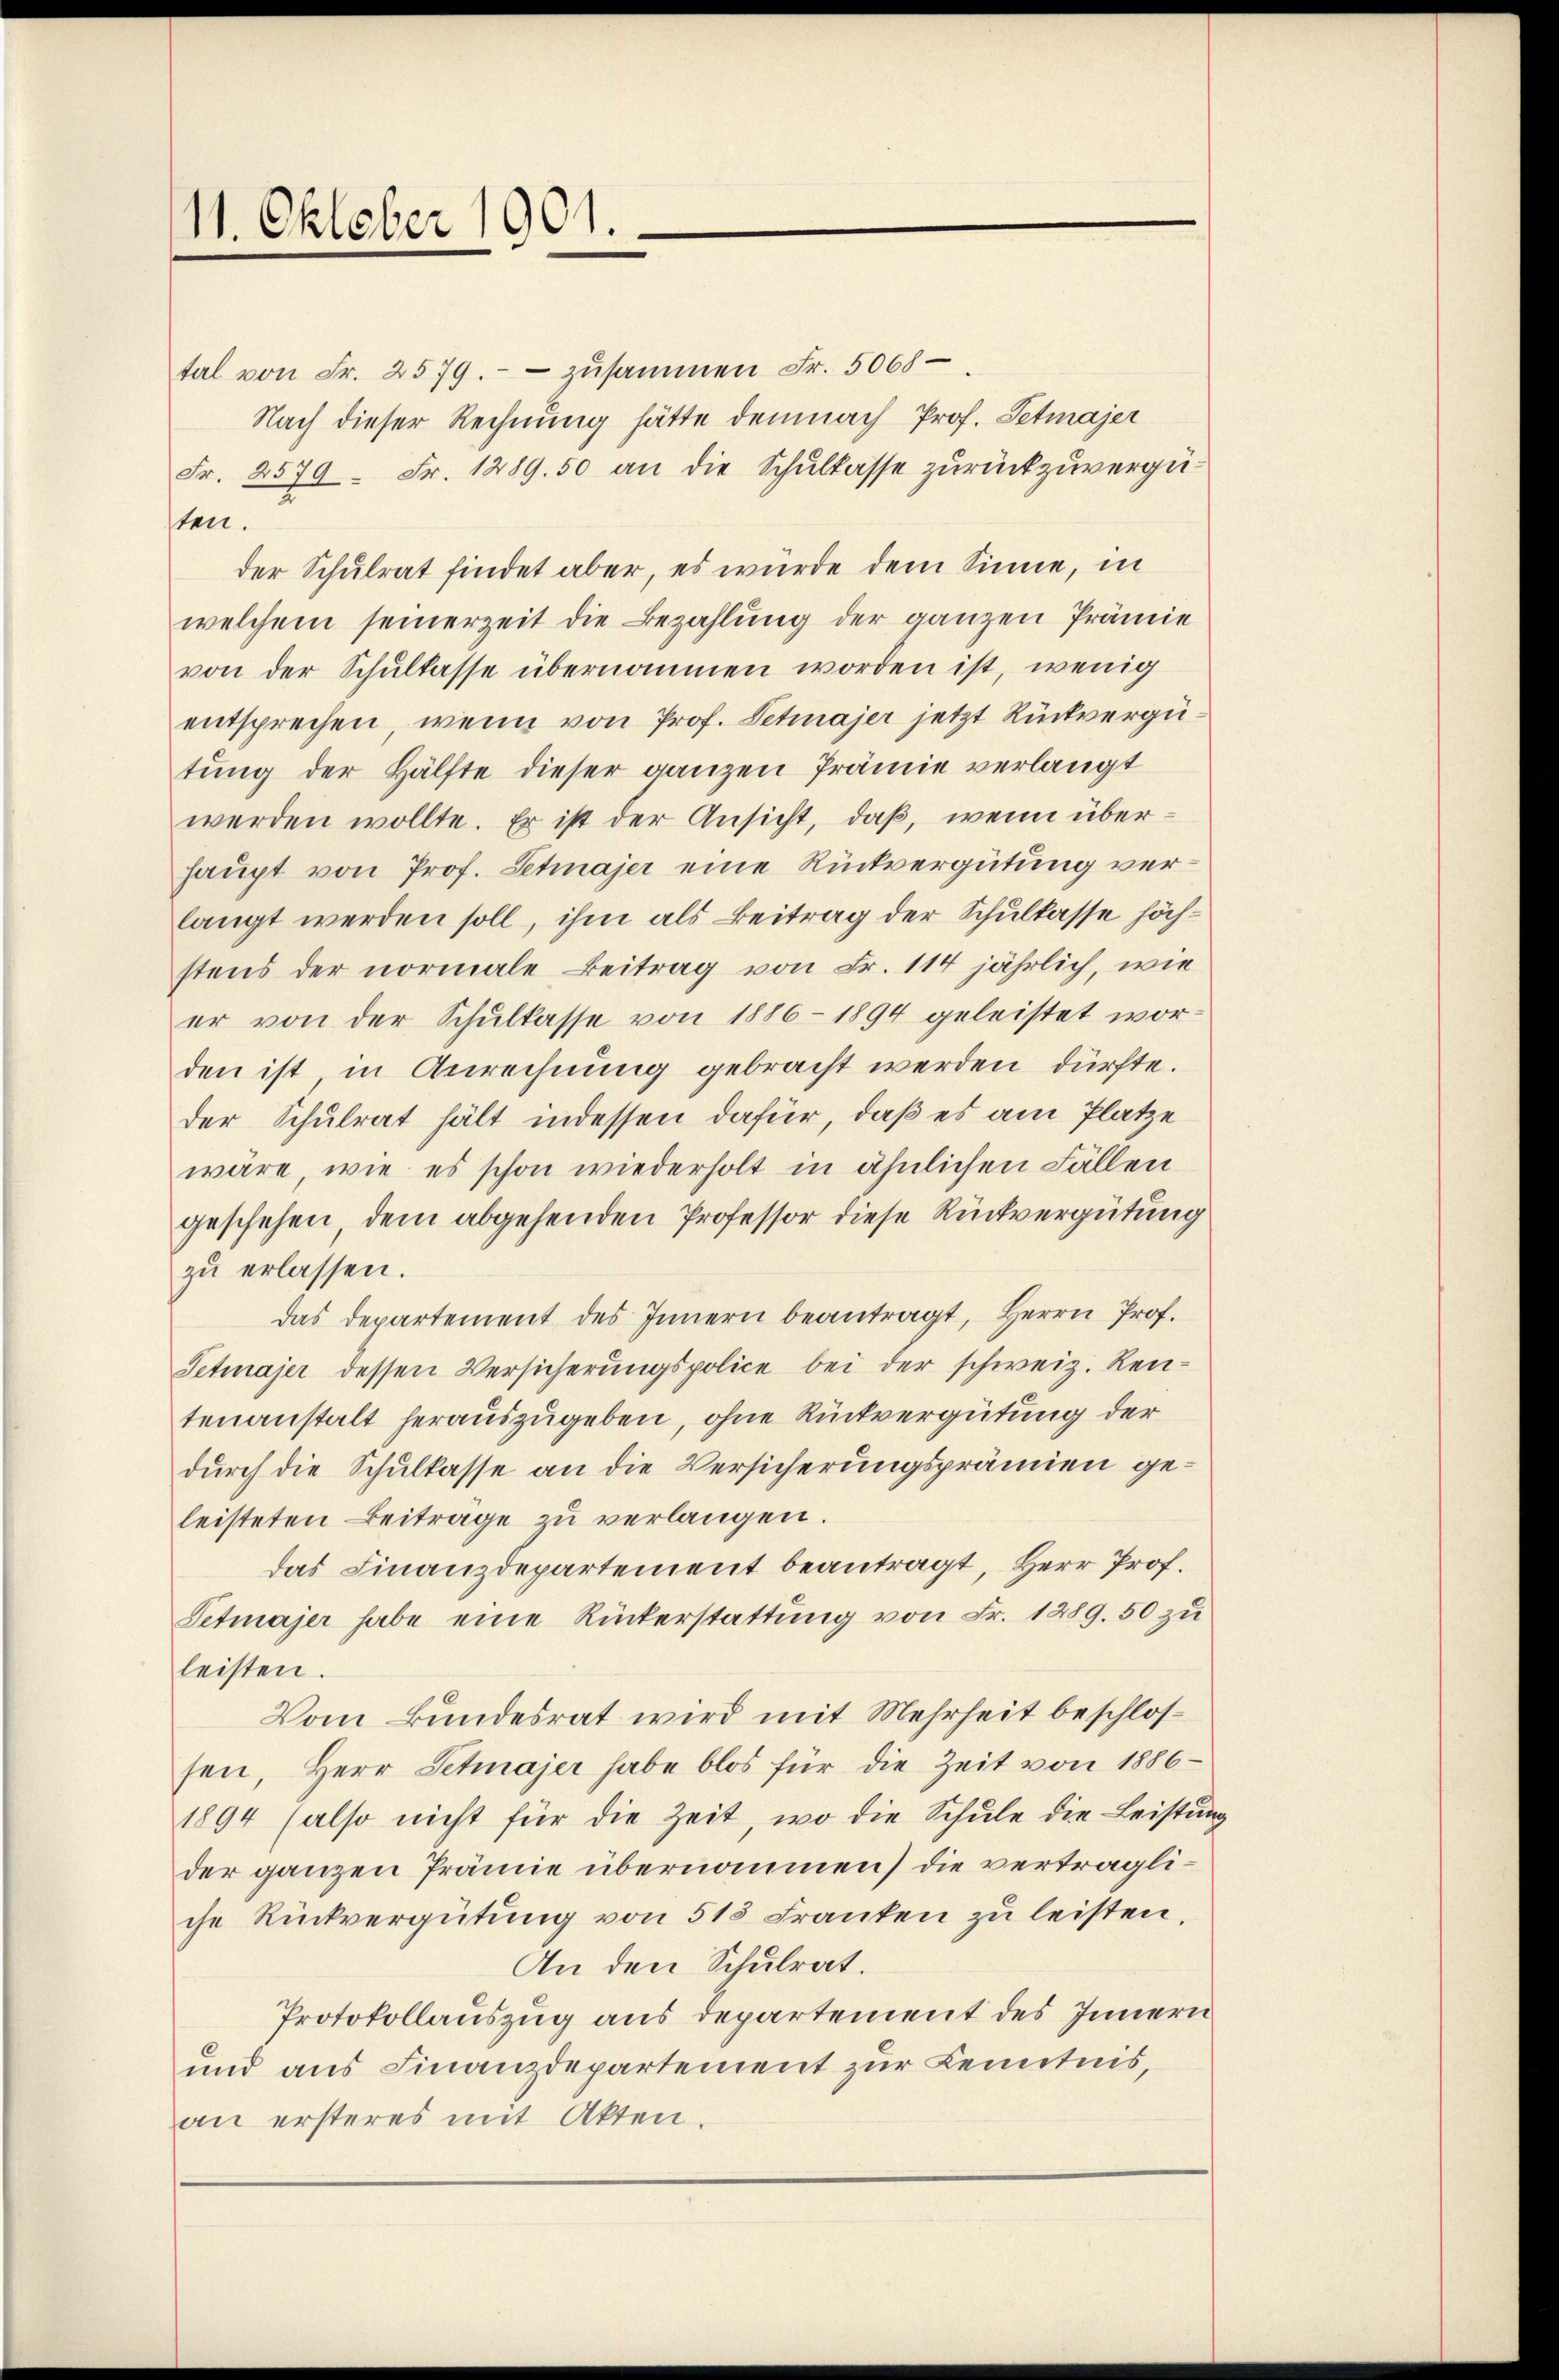
11. Oktober 1901.

tal von Fr. 2579.- zŭsammen Fr. 5068-
Nach dieser Rechnung hätte demnach Prof. Petmajer
Fr. 2579. Fr. 1289. 50 an die Schulkasse zurückzuvergüten.
der Schulrat findet aber, es wurde dem Sinne, in
welchem seinerzeit die Bezahlung der ganzen Prämie
von der Schultasse übernommen worden ist, wenig
entsprechen, wenn von Prof. Petmajer jetzt Rückvergütung der Hälfte dieser ganzen Prämie verlangt
werden wollte. Er ist der Ansicht, daß, wenn überhaupt von Prof. Setmajer eine Rückvergütung verlangt werden soll, ihm als Beitrag der Schulkasse höchstens der normale Beitrag von Fr. 114 jährlich, wie
er von der Schulkasse von 1886-1894 geleistet worden ist in Anrechnung gebracht werden dürfte.
der Schulrat hält indessen dafür, daß es am Platze
wäre, wie es schon wiederholt in ähnlichen Fällen
geschehen, dem abgehenden Professor diese Rückvergütung
zu erlassen.
das Departement des Innern beantragt, Herrn Prof.
Setmajer dessen Versicherŭngspolice bei der schweiz. Rentenanstalt herauszugeben, ohne Rückvergütung der
durch die Schulkasse an die Versicherungsprämien geleisteten Beitrage zu verlangen.
das Finanzdepartement beantragt, Herr Prof.
Setmajer habe eine Rückerstattung von Fr. 1289. 50 zu
leisten.
Vom Bundesrat wird mit Mehrheit beschlossen, Herr Setmajer habe blos für die Zeit von 1886
1894 (also nicht für die Zeit, wo die Schule die Leistung
der ganzen Prämie übernommen) die vertragliche Rückvergütung von 513 Franken zu leisten.
An den Schulrat.
Protokollauszug aus departement des Innern
und aus Finanzdepartement zur Kenntnis,
an ersteres mit Akten.